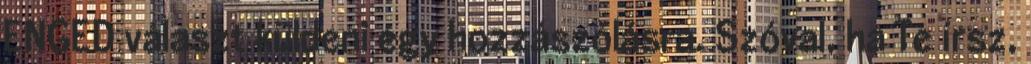
ENGED választ küldeni egy hozzászólásra. Szóval, ha Te írsz,